Civil Veterinary Dept. North-West Frontier Province 1901-22 - 1901-1922
Year: 1901
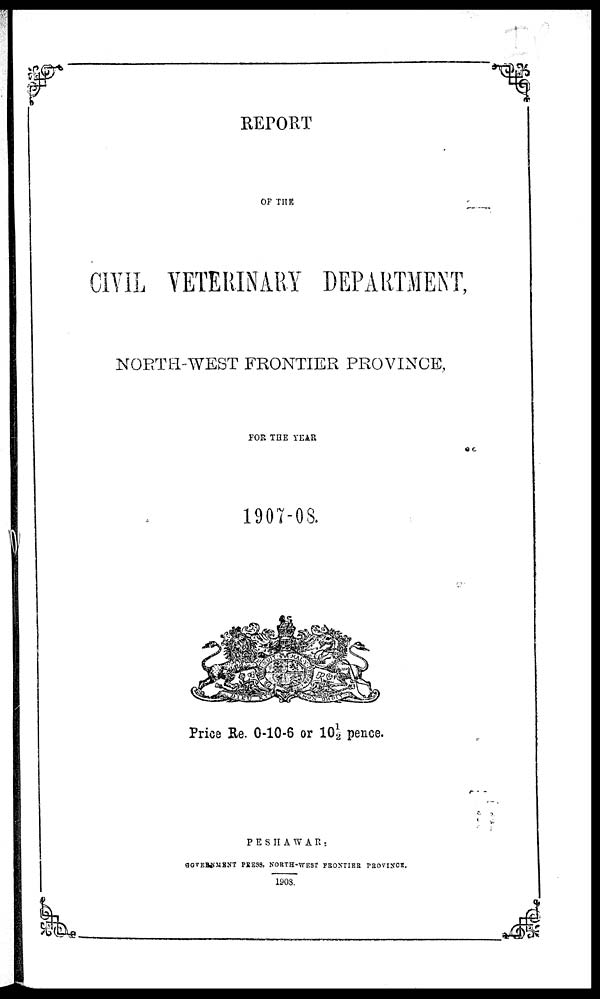
REPORT
OF THE
CIVIL VETERINARY DEPARTMENT,
NORTH-WEST FRONTIER PROVINCE,
FOR THE YEAR
1907-08.
Price Re. 0-10-6 or 10½ pence.
PESHAWAR:
GOVERNMENT PRESS, NORTH-WEST FRONTIER PROVINCE.
1908.